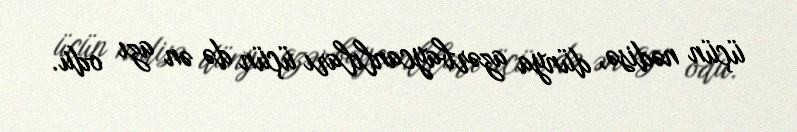
üçün nədisə, dünya azərbaycanlıları üçün də ən azı odu.